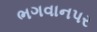
ભગવાનપર